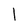
Character: l